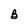
Character: B